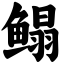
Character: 鳎